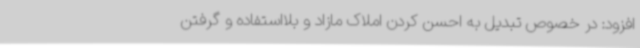
افزود: در خصوص تبدیل به احسن کردن املاک مازاد و بلااستفاده و گرفتن